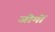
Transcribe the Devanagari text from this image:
जोमों